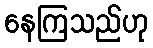
နေကြသည်ဟု